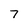
Character: 7